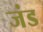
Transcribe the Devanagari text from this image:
जंड